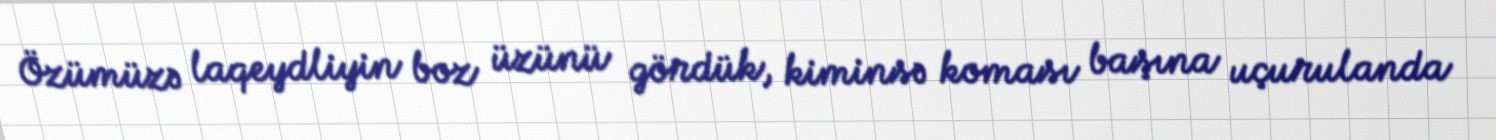
Özümüzə laqeydliyin boz üzünü gördük, kiminsə koması başına uçurulanda